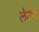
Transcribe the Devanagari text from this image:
लेउंग